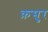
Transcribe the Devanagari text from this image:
क़सुर